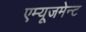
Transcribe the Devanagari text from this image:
एम्‍यूजमेन्‍ट